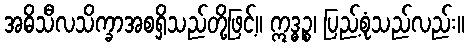
အဓိသီလသိက္ခာအစရှိသည်တို့ဖြင့်။ ဣဒ္ဓဉ္စ၊ ပြည့်စုံသည်လည်း။